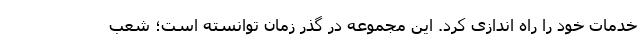
خدمات خود را راه اندازی کرد. این مجموعه در گذر زمان توانسته است؛ شعب